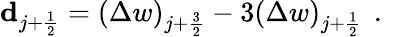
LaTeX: \mathbf{d}_{j+\frac{1}{2}}=\left(\Delta w\right)_{j+\frac{3}{2}}-3\left(\Delta w\right)_{j+\frac{1}{2}}\, \mathrm{~.~}